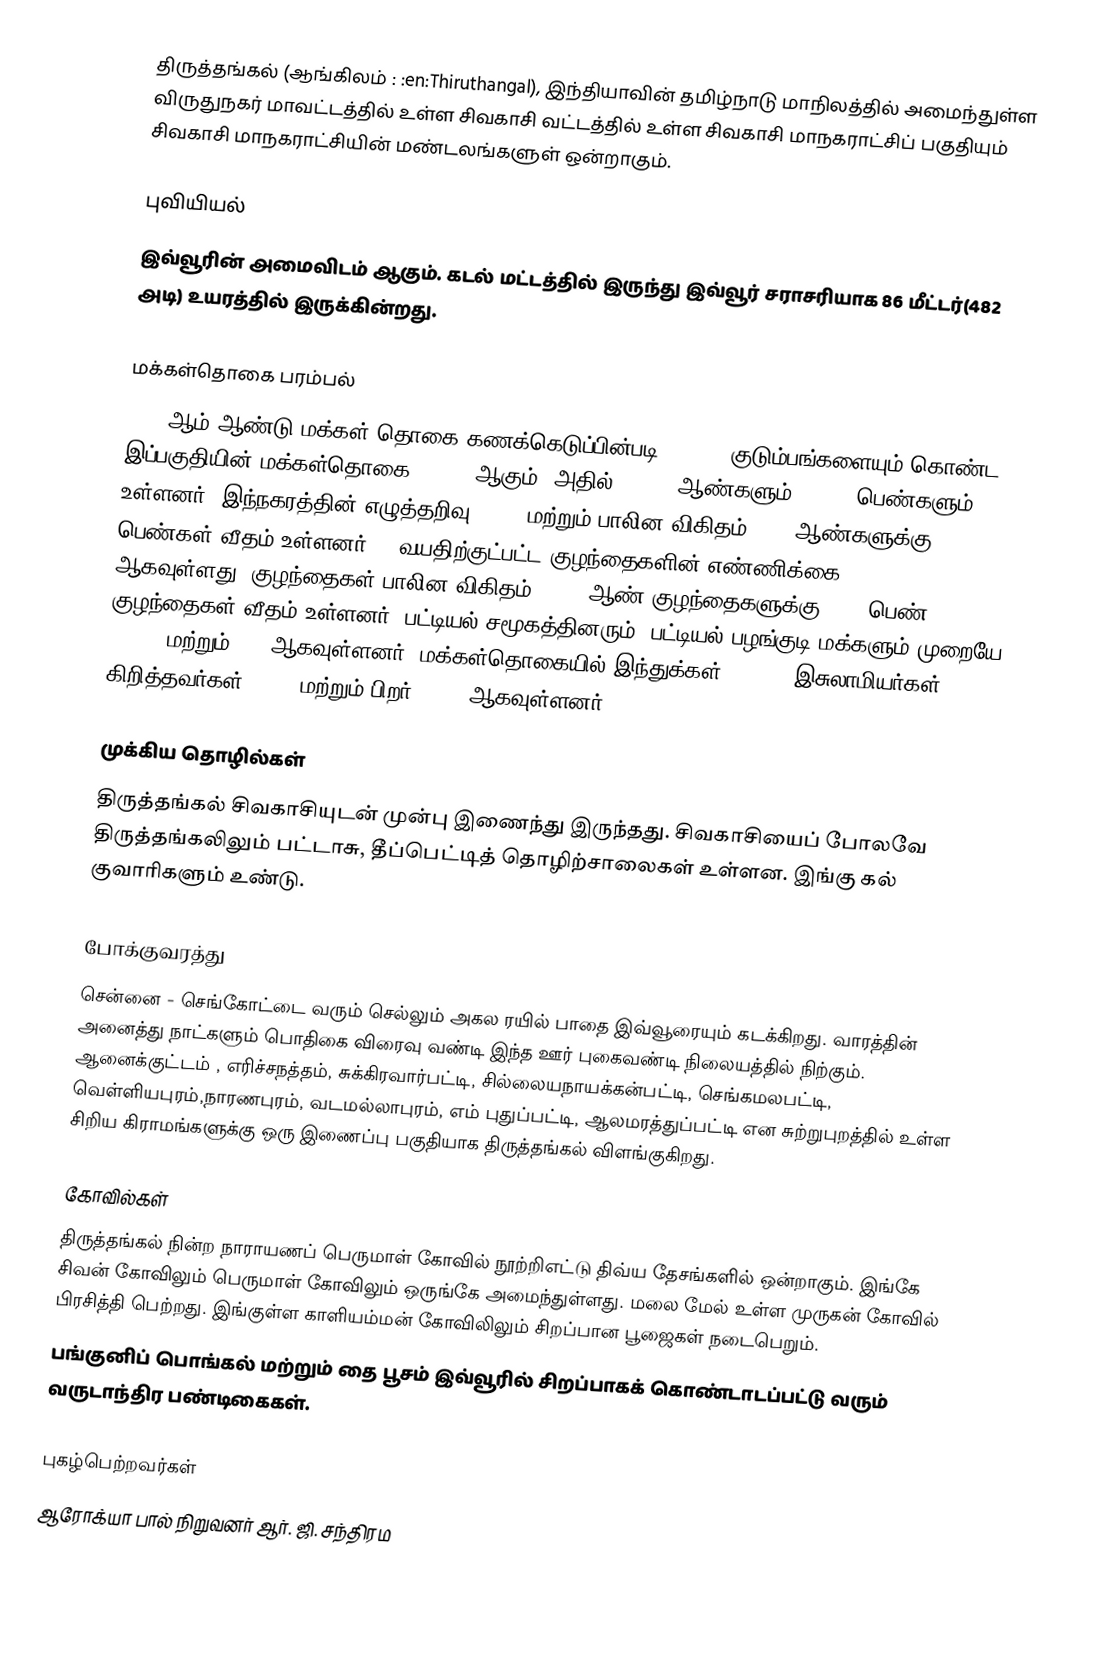
திருத்தங்கல் (ஆங்கிலம் : :en:Thiruthangal), இந்தியாவின் தமிழ்நாடு மாநிலத்தில் அமைந்துள்ள விருதுநகர் மாவட்டத்தில் உள்ள சிவகாசி வட்டத்தில் உள்ள சிவகாசி மாநகராட்சிப் பகுதியும் சிவகாசி மாநகராட்சியின் மண்டலங்களுள் ஒன்றாகும்.

புவியியல்
இவ்வூரின் அமைவிடம் ஆகும். கடல் மட்டத்தில் இருந்து இவ்வூர் சராசரியாக 86 மீட்டர்(482 அடி) உயரத்தில் இருக்கின்றது.

மக்கள்தொகை பரம்பல்
2011-ஆம் ஆண்டு மக்கள் தொகை கணக்கெடுப்பின்படி, 15,424 குடும்பங்களையும் கொண்ட இப்பகுதியின் மக்கள்தொகை 55,362 ஆகும். அதில்  27,676 ஆண்களும்,  27,686பெண்களும் உள்ளனர்.   இந்நகரத்தின் எழுத்தறிவு 80.5%   மற்றும் பாலின விகிதம்  1000 ஆண்களுக்கு, 1,000 பெண்கள் வீதம் உள்ளனர். 6 வயதிற்குட்பட்ட குழந்தைகளின் எண்ணிக்கை 5918 ஆகவுள்ளது. குழந்தைகள் பாலின விகிதம்,  1000 ஆண் குழந்தைகளுக்கு, 943    பெண் குழந்தைகள் வீதம் உள்ளனர்.  பட்டியல் சமூகத்தினரும், பட்டியல் பழங்குடி மக்களும்  முறையே 11,567  மற்றும் 103 ஆகவுள்ளனர். மக்கள்தொகையில் இந்துக்கள்  92.74%,  இசுலாமியர்கள் 1.03%, கிறித்தவர்கள் 6.14% மற்றும் பிறர் 0.09% ஆகவுள்ளனர்.

முக்கிய தொழில்கள்
திருத்தங்கல் சிவகாசியுடன் முன்பு இணைந்து இருந்தது. சிவகாசியைப் போலவே திருத்தங்கலிலும் பட்டாசு, தீப்பெட்டித் தொழிற்சாலைகள் உள்ளன. இங்கு கல் குவாரிகளும் உண்டு.

போக்குவரத்து
சென்னை - செங்கோட்டை வரும் செல்லும் அகல ரயில் பாதை இவ்வூரையும் கடக்கிறது. வாரத்தின் அனைத்து நாட்களும் பொதிகை விரைவு வண்டி இந்த ஊர் புகைவண்டி நிலையத்தில் நிற்கும். ஆனைக்குட்டம் , எரிச்சநத்தம், சுக்கிரவார்பட்டி, சில்லையநாயக்கன்பட்டி, செங்கமலபட்டி, வெள்ளியபுரம்,நாரணபுரம், வடமல்லாபுரம், எம் புதுப்பட்டி, ஆலமரத்துப்பட்டி  என சுற்றுபுறத்தில் உள்ள சிறிய கிராமங்களுக்கு ஒரு இணைப்பு பகுதியாக திருத்தங்கல் விளங்குகிறது.

கோவில்கள்
திருத்தங்கல் நின்ற நாராயணப் பெருமாள் கோவில் நூற்றிஎட்டு திவ்ய தேசங்களில் ஒன்றாகும்.  இங்கே சிவன் கோவிலும் பெருமாள் கோவிலும் ஒருங்கே அமைந்துள்ளது. மலை மேல் உள்ள முருகன் கோவில் பிரசித்தி பெற்றது. இங்குள்ள காளியம்மன் கோவிலிலும் சிறப்பான பூஜைகள் நடைபெறும்.
பங்குனிப் பொங்கல் மற்றும் தை பூசம் இவ்வூரில் சிறப்பாகக் கொண்டாடப்பட்டு வரும் வருடாந்திர பண்டிகைகள்.

புகழ்பெற்றவர்கள்
ஆரோக்யா பால் நிறுவனர் ஆர். ஜி. சந்திரம